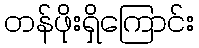
တန်ဖိုးရှိကြောင်း